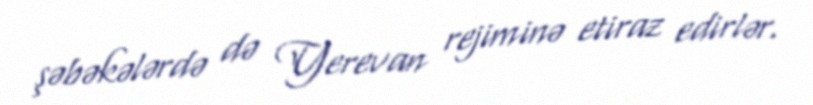
şəbəkələrdə də Yerevan rejiminə etiraz edirlər.